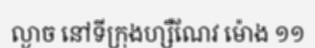
ល្ងាច នៅទីក្រុងហ្សឺណែវ ម៉ោង ១១